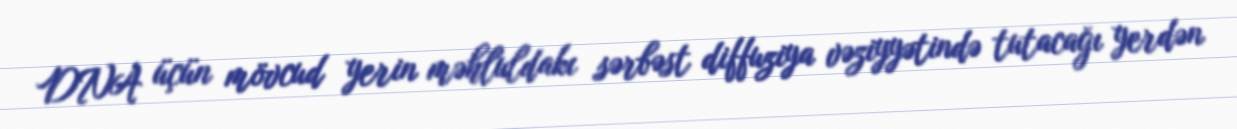
DNA üçün mövcud yerin məhluldakı sərbəst diffuziya vəziyyətində tutacağı yerdən